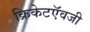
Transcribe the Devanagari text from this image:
क्रिकेटऍवजी